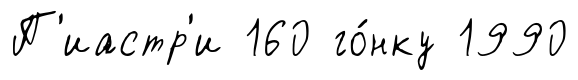
П'иастр'и 160 го́нку 1990